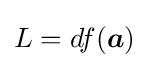
{\textstyle L=df({\boldsymbol {a}})}